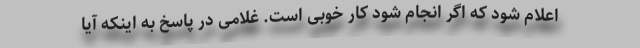
اعلام شود که اگر انجام شود کار خوبی است. غلامی در پاسخ به اینکه آیا